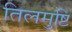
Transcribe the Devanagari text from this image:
तिलमुष्टि